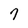
Character: 7